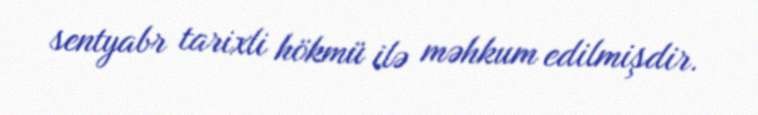
sentyabr tarixli hökmü ilə məhkum edilmişdir.